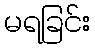
မရခြင်း